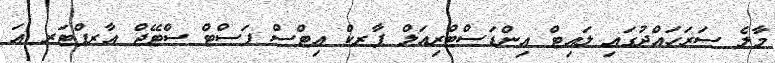
މާލެ ސަރަހައްދުގައި ލައިޓް އިންޑަސްޓްރިއަލް ޕާރކް އިޓްސް ފަސްޓް ސްޓޭޖް އާރފްޓަރ އަ